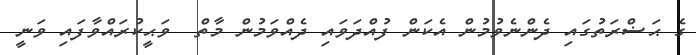
ގެ ޙަޟްރަތުގައި ދެންނެވުމުން އެކަން ފުއްދަވައި ދެއްވަމުން މާތް  ވަޙީކުރައްވާފައި ވަނީ